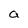
Character: a